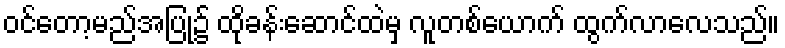
ဝင်တော့မည်အပြု၌ ထိုခန်းဆောင်ထဲမှ လူတစ်ယောက် ထွက်လာလေသည်။